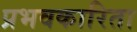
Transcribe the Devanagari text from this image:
प्रभवकारिता